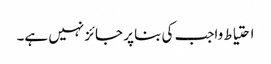
احتیاط واجب کی بنا پر جائز نہیں ہے۔